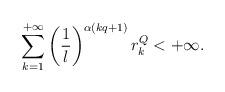
LaTeX: \begin{align*}\sum_{k=1}^{+\infty}{\left(\frac{1}{\l}\right)^{\alpha(kq+1)}r_k^Q}<+\infty.\end{align*}